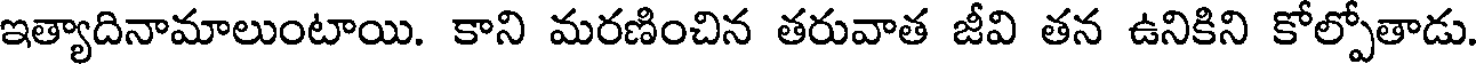
ఇత్యాదినామాలుంటాయి. కాని మరణించిన తరువాత జీవి తన ఉనికిని కోల్పోతాడు.